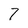
Character: 7